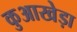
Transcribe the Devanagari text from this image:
कुआखेड़ा